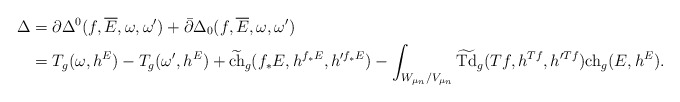
\begin{align*}\Delta&=\partial\Delta^0(f,\overline{E},\omega,\omega')+\bar\partial\Delta_0(f,\overline{E},\omega,\omega')\\&=T_g(\omega,h^E)-T_g(\omega',h^E)+ \widetilde{{\rm ch}}_g(f_*E,h^{f_*E},h'^{f_*E})- \int_{W_{\mu_n}/{V_{\mu_n}}}\widetilde{{\rm Td}}_g(Tf,h^{Tf},h'^{Tf}){\rm ch}_g(E,h^E).\end{align*}